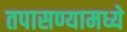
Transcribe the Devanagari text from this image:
तपासण्यामध्ये